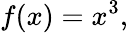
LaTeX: f(x)=x^{3},